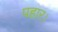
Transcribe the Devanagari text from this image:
पहार।